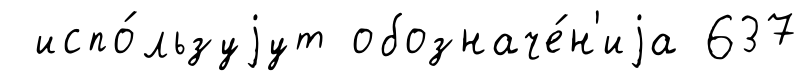
испо́льзуjут обозначе́н'иjа 637